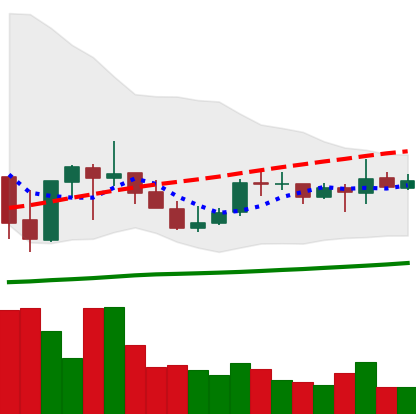
Ticker: ADA-USD
Chart end date: 2021-10-09
Forward return: -4.247%
Label: down_3_5